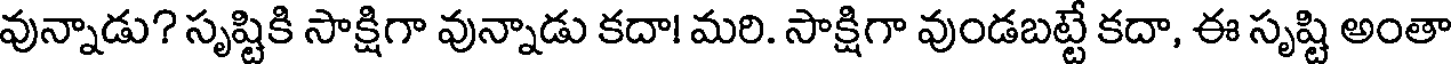
వున్నాడు? సృష్టికి సాక్షిగా వున్నాడు కదా! మరి. సాక్షిగా వుండబట్టే కదా, ఈ సృష్టి అంతా